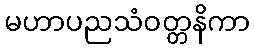
မဟာပညသံဝတ္တနိကာ